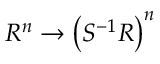
R ^ { n } \rightarrow \left( S ^ { - 1 } R \right) ^ { n }